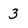
Character: 3